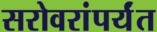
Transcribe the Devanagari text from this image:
सरोवरांपर्यंत